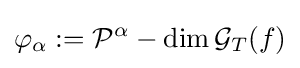
\varphi _{\alpha }:={\mathcal {P}}^{\alpha }-\dim {\mathcal {G}}_{T}(f)